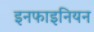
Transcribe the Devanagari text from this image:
इनफाइनियन